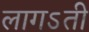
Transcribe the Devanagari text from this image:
लागऽती